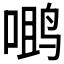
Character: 𮹖